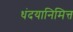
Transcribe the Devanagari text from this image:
धंदयानिमित्त्‍ा